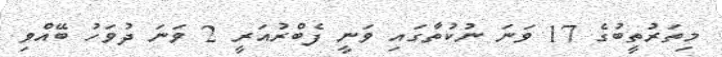
މިތަރުތީބުގެ 17 ވަނަ ނުކުތާގައި ވަނީ ފެބްރުއަރީ 2 ވަނަ ދުވަހު ބޭއްވި